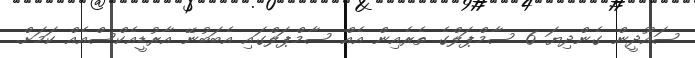
ސައޫދީން ގެންދިޔަ 6 ސާމްޕަލްގެ ތެރެއިން އެއް ސާމްޕަލްގައި އެބަބުނޭ އާރުޑީއެކްސްއެއް ކަމަށް.